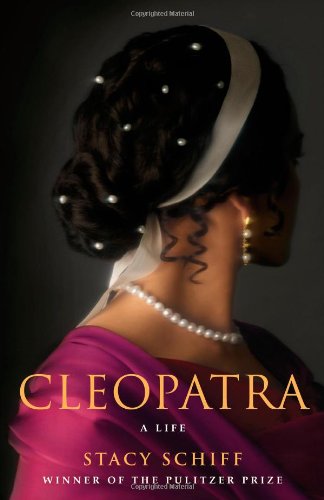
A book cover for Cleopatra: A Life; Stacy Schiff; History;